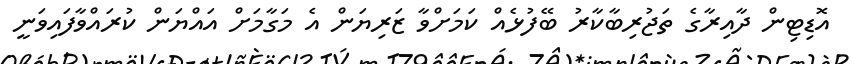
އޮޑިޓިން ދާއިރާގެ ތަޖުރިބާކާރު ބޭފުޅެއް ކަމަށްވާ ޒަރިޔަން އެ މަގާމަށް އައްޔަން ކުރައްވާފައިވަނީ